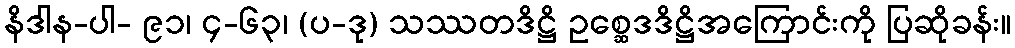
နိဒါန-ပါ- ၉၁၊ ၄-၆၃၊ (ပ-ဒု) သဿတဒိဋ္ဌိ ဥစ္ဆေဒဒိဋ္ဌိအကြောင်းကို ပြဆိုခန်း။